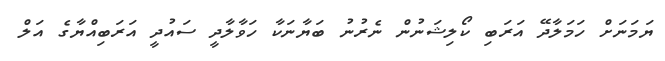
ޔަމަނަށް ހަމަލާދޭ އަރަބި ކޯލިޝަނުން ނެރުނު ބަޔާނަކާ ހަވާލާދީ ސައުދީ އަރަބިއްޔާގެ އަލް